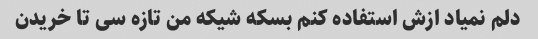
دلم نمیاد ازش استفاده کنم بسکه شیکه من تازه سی تا خریدن